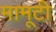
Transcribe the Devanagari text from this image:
मामूटी